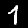
Digit: 1